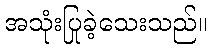
အသုံးပြုခဲ့သေးသည်။